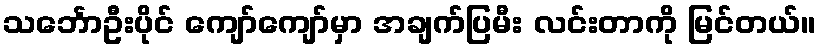
သင်္ဘောဦးပိုင် ကျော်ကျော်မှာ အချက်ပြမီး လင်းတာကို မြင်တယ်။